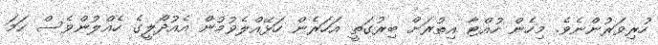
ހުރިވަރުންނެވެ. މިހެން ހުއްޓާ އިތުރަށް ބިރުގަތީ އަހަރެން ހަޅޭއްލެވުމުން އެއުދޯލީގެ ހެއްލުންވެސް ހަމަ